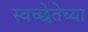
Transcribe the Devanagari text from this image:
स्वच्छेतेच्या